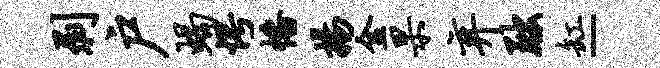
剥户蝎愕幡扬金杲弃黜缸-